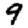
Digit: 9